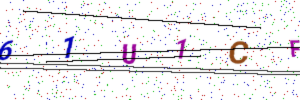
Text: 61U1CF